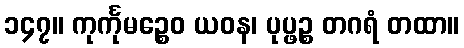
၁၄၇။ ကုင်္ကုမဉ္စေဝ ယဝန၊ ပုပ္ဖဉ္စ တဂရံ တထာ။